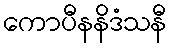
ကောပီနနိဒံသနီ